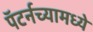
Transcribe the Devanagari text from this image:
पॅटर्नच्यामध्ये